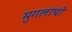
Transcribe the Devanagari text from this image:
मुगलांची